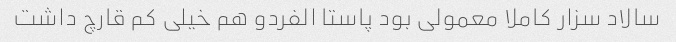
سالاد سزار کاملا معمولی بود پاستا الفردو هم خیلی کم قارچ داشت